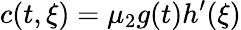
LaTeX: c(t,\xi)=\mu_{2}g(t)h^{\prime}(\xi)